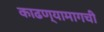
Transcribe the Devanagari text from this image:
काढण्यामागची